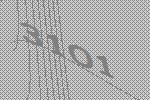
3101